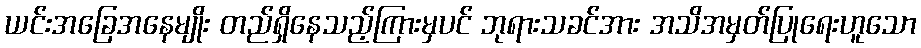
ယင်းအခြေအနေမျိုး တည်ရှိနေသည့်ကြားမှပင် ဘုရားသခင်အား အသိအမှတ်ပြုရေးဟူသော